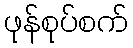
ဖုန်စုပ်စက်